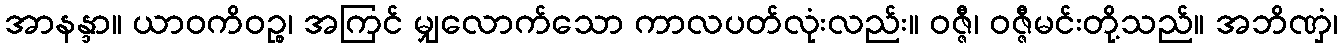
အာနန္ဒာ။ ယာဝကိဝဉ္စ၊ အကြင် မျှလောက်သော ကာလပတ်လုံးလည်း။ ဝဇ္ဇီ၊ ဝဇ္ဇီမင်းတို့သည်။ အဘိဏှံ၊